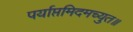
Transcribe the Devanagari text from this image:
पर्याप्तमिदमच्युत॥